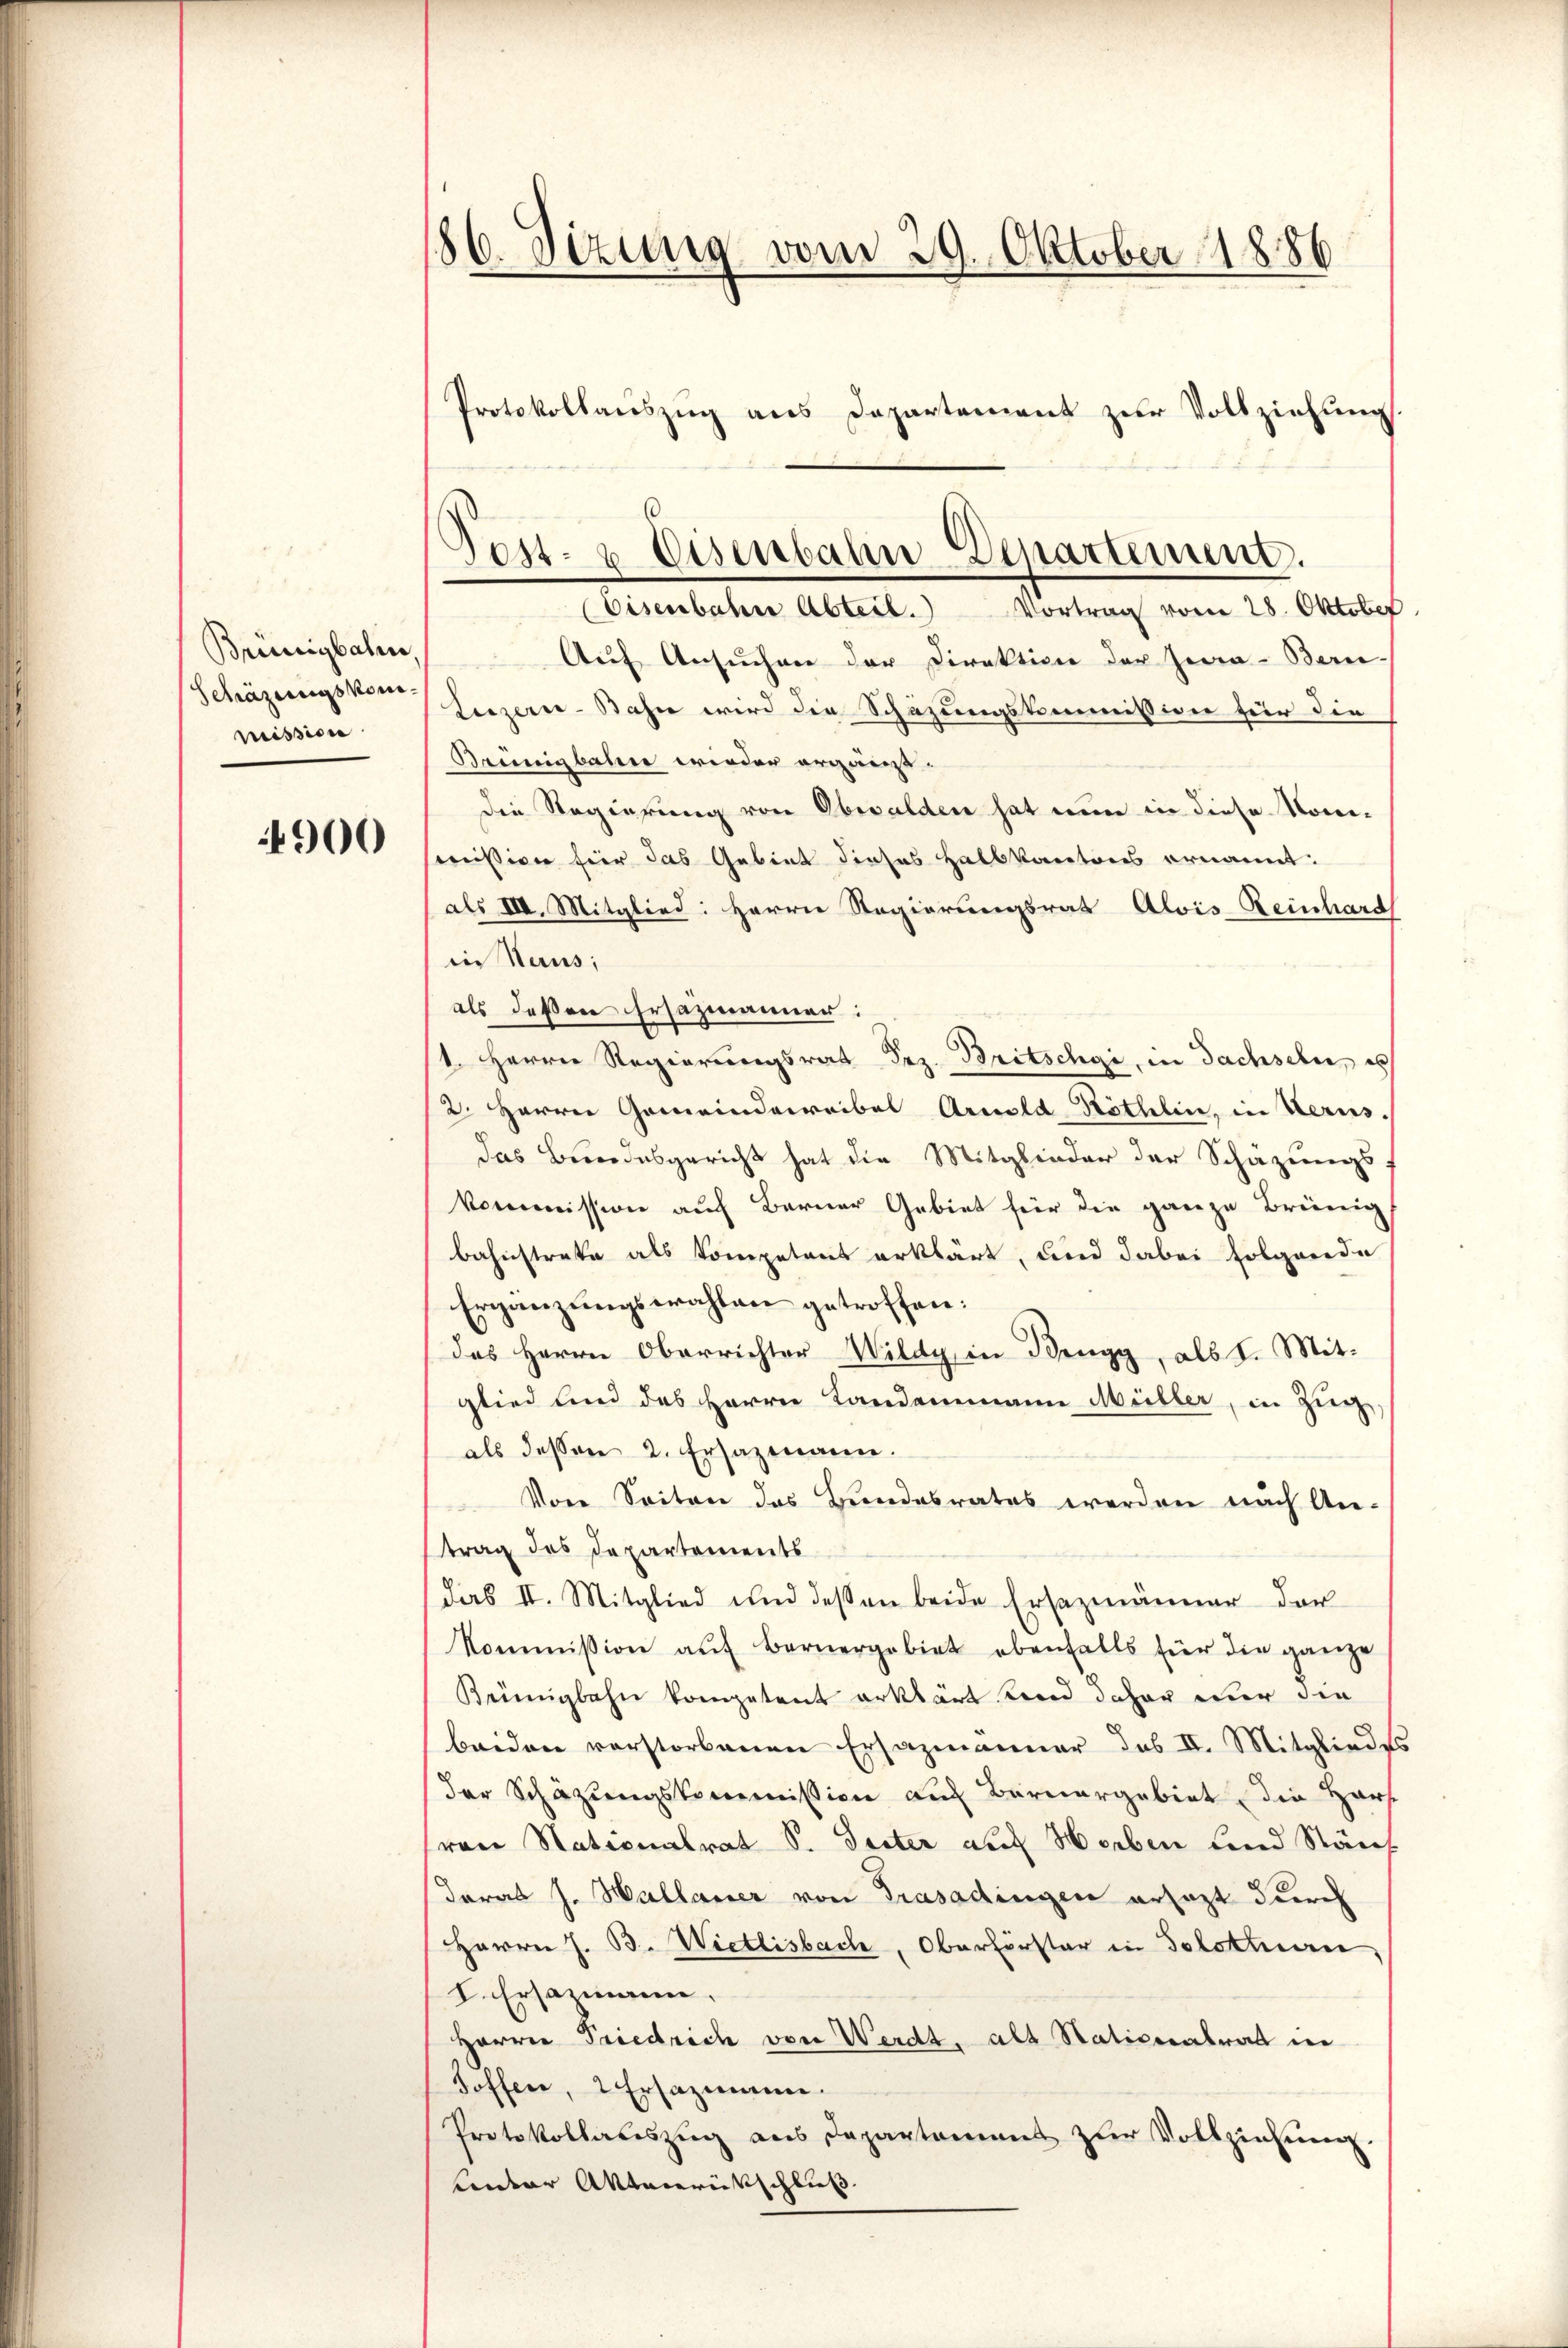
Brünigbahn
mission

4900

86. Sizung vom 29. Oktober 1886
Protokollauszug aus Departement zur Vollziehung

6
Post- & Eisenbahn-Departenum.
Eisenbahne Abteil. Vortrag vom 28. Oktober

Auf Ansuchen der Direktion der Jea- Bern-
Schäzengsten Luzern - Bahn wird die Schazungskommission für die
Brünigbahne wieder ergänzt.
die Regierung von Obwalden hat nun in diese Nomi¬
Immission für das Gebiet dieses Halbkantons ernannt:
als VIII. Mitglied: Herrn Regierungsrath Alois-Reinhard
in Haus;
als deßen Ersazmänner:
1. Herrn Regierungsrat Dez. Britschgi, in Sachseln, es
2. Herren Gemeindeweibel Arnold Röthlin, in Verus.
das Berndesgericht hat die Mitglieder der Schazungs-
kommission auch Berner Gebiet für die ganze Brüng
bahnstrate als Kompetent erklärt, und dabei folgende
Ergänzungswahlen getroffen:
das Herrn Oberrichter Wildy, in Brugg, als 1. Mitglied und das Herrn Landammann Müller, in Zug,
als dessen 2. Ersazmann.
Von Seiten das Bundesrates werden nach Antrag des Departements
(das II. Mitglied und dessen beide Ersezmänner der
Kommission aŭf Bernergebiet ebenfalls für die ganze
Keünigbahn kompetent erklärt send daher wir die
beiden verstorbenen Ersazmänner das II. Mitgliedes
der Schäzungskommission auf Barnargebiet die Harf
vare Nationalrat S. Seiter auf Horben und Säuf
darab J. Hallauer von Trasadingen ersezt durch
Herren J. B. Wietlisbach, Oberförster in Solothurn,
I. Ersazmann
Herrn Friedrich von Werdt, als Nationalrat in
Soffen, 2 Ersazmanne.
Protokollateszug aus Departament zur Vollziehung.
Lnter Aktenrückschluß